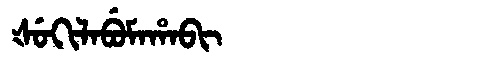
Manchu: ᡧᡠᡴᡳᠯᠠᠪᡠᠮᠠᡥᠠᠪᡳ
Romanization: ŠUKILABUMAHABI